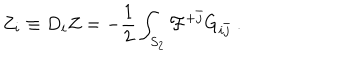
LaTeX: Z _ { i } \equiv D _ { i } Z = - { \frac { 1 } { 2 } } \int _ { S _ { 2 } } { \cal F } ^ { + \bar { j } } G _ { i \bar { j } } \ .